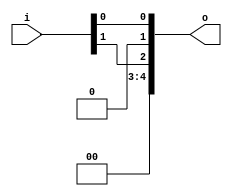
module bsg_unconcentrate_static_05
(
  i,
  o
);

  input [1:0] i;
  output [4:0] o;
  wire [4:0] o;
  wire o_2_,o_0_;
  assign o[4] = 1'b0;
  assign o[3] = 1'b0;
  assign o[1] = 1'b0;
  assign o_2_ = i[1];
  assign o[2] = o_2_;
  assign o_0_ = i[0];
  assign o[0] = o_0_;

endmodule